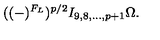
( ( - ) ^ { F _ { L } } ) ^ { p / 2 } I _ { 9 , 8 , \ldots , p + 1 } \Omega .